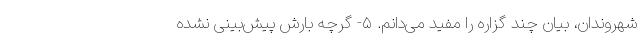
شهروندان، بیان چند گزاره را مفید می‌دانم. ۵- گرچه بارش پیش‌بینی نشده‌